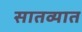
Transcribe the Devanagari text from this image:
सातव्यात